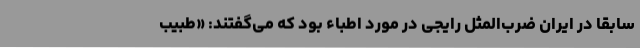
سابقاً در ایران ضرب‌المثل رایجی در مورد اطباء بود که می‌گفتند: «طبیب